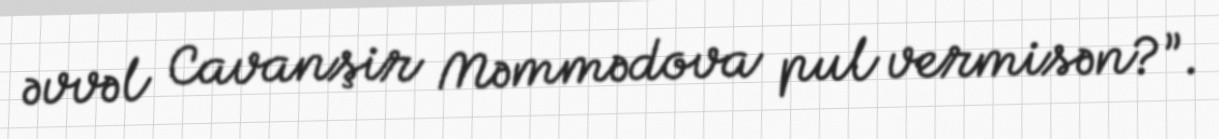
əvvəl Cavanşir Məmmədova pul vermisən?”.